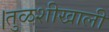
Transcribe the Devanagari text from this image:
।तुळशीखाली